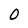
Character: O